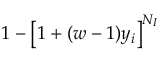
1 - \left[ 1 + ( w - 1 ) y _ { i } \right] ^ { N _ { I } }